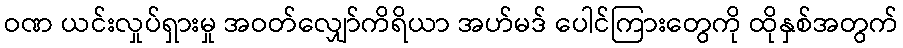
ဝဏ ယင်းလှုပ်ရှားမှု အဝတ်လျှော်ကိရိယာ အဟ်မဒ် ပေါင်ကြားတွေကို ထိုနှစ်အတွက်